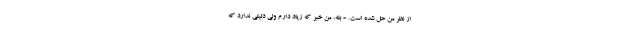
از نظر من حل شده است. - بله، من خبر که زیاد دارم ولی دلیلی ندارد که